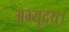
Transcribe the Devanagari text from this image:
अभ्युदय।